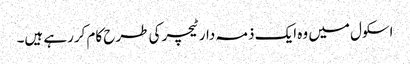
اسکول میں وہ ایک ذمہ دار ٹیچر کی طرح کام کررہے ہیں۔